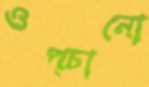
ওপ্‌চানো